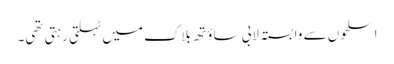
اسلحوں سے وابستہ لابی ساؤتھ بلاک میں ٹہلتی رہتی تھی۔